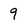
Character: 9